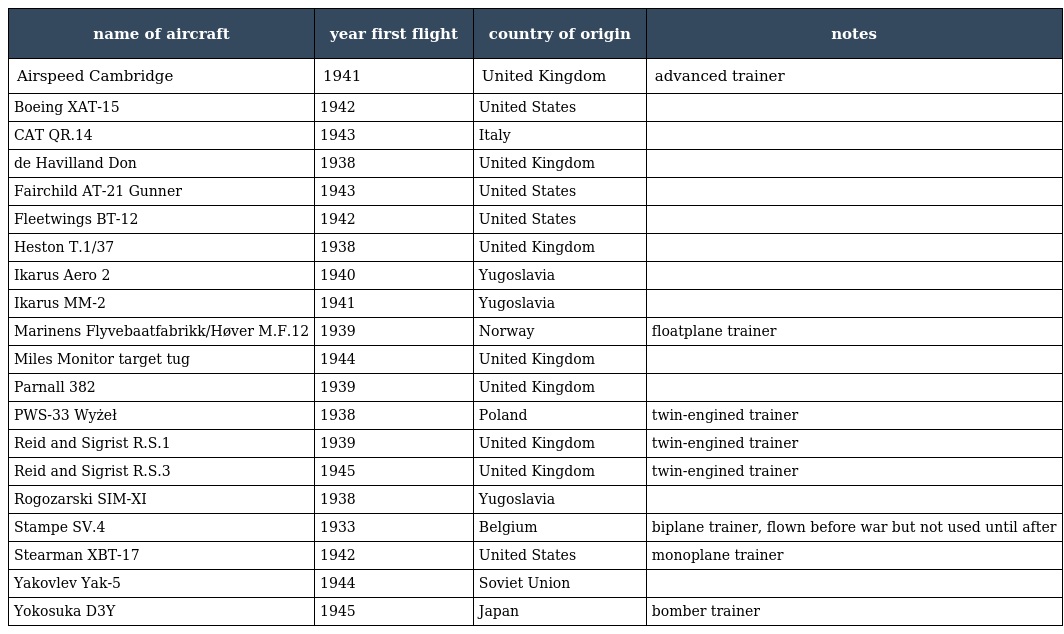
| name of aircraft | year first flight | country of origin | notes |
 | --- | --- | --- | --- |
 | Airspeed Cambridge | 1941 | United Kingdom | advanced trainer |
 | Boeing XAT-15 | 1942 | United States |  |
 | CAT QR.14 | 1943 | Italy |  |
 | de Havilland Don | 1938 | United Kingdom |  |
 | Fairchild AT-21 Gunner | 1943 | United States |  |
 | Fleetwings BT-12 | 1942 | United States |  |
 | Heston T.1/37 | 1938 | United Kingdom |  |
 | Ikarus Aero 2 | 1940 | Yugoslavia |  |
 | Ikarus MM-2 | 1941 | Yugoslavia |  |
 | Marinens Flyvebaatfabrikk/Høver M.F.12 | 1939 | Norway | floatplane trainer |
 | Miles Monitor target tug | 1944 | United Kingdom |  |
 | Parnall 382 | 1939 | United Kingdom |  |
 | PWS-33 Wyżeł | 1938 | Poland | twin-engined trainer |
 | Reid and Sigrist R.S.1 | 1939 | United Kingdom | twin-engined trainer |
 | Reid and Sigrist R.S.3 | 1945 | United Kingdom | twin-engined trainer |
 | Rogozarski SIM-XI | 1938 | Yugoslavia |  |
 | Stampe SV.4 | 1933 | Belgium | biplane trainer, flown before war but not used until after |
 | Stearman XBT-17 | 1942 | United States | monoplane trainer |
 | Yakovlev Yak-5 | 1944 | Soviet Union |  |
 | Yokosuka D3Y | 1945 | Japan | bomber trainer |